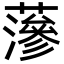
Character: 𮒌